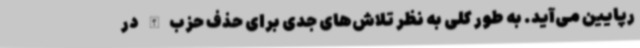
رپایین می‌آید. به طور کلی به نظر تلاش‌های جدی برای حذف حزب‌الله در